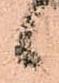
候